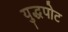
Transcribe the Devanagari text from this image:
युद्धपोट